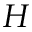
H